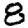
Digit: 8